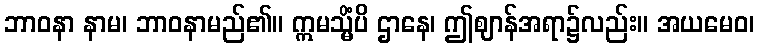
ဘာဝနာ နာမ၊ ဘာဝနာမည်၏။ ဣမသ္မိံပိ ဌာနေ၊ ဤဈာန်အရာ၌လည်း။ အယမေဝ၊